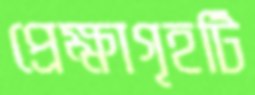
প্রেক্ষাগৃহটি